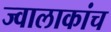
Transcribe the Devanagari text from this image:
ज्वालाकांच